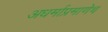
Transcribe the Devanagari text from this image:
अधर्माप्रमाणेच